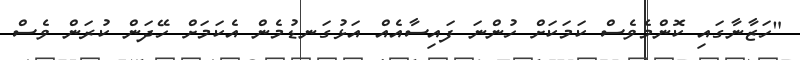
"ހަޒާނާގައި ކޮންމެވެސް ކަމަކަށް ހުންނަ ފައިސާއެއް އަޅުގަނޑުމެން އެކަމަށް ހޭދަން ކުރަން ވެސް